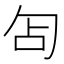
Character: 𭅇